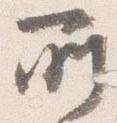
所